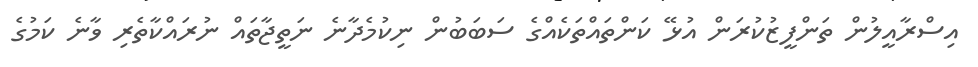
އިސްރާއީލުން ތަންފީޒުކުރަން އުޅޭ ކަންތައްތަކެއްގެ ސަބަބުން ނިކުމެދާނެ ނަތީޖާތައް ނުރައްކާތެރި ވާނެ ކަމުގެ